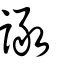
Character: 譀